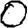
Digit: 0